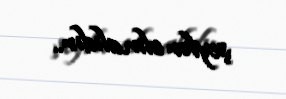
şeylər olmalıdır..